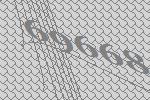
69668